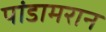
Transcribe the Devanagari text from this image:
पांडामरान